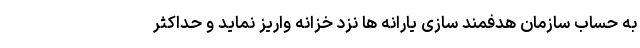
به حساب سازمان هدفمند سازی یارانه ها نزد خزانه واریز نماید و حداکثر